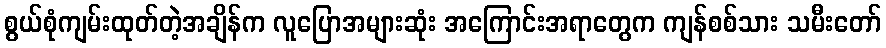
စွယ်စုံကျမ်းထုတ်တဲ့အချိန်က လူပြောအများဆုံး အကြောင်းအရာတွေက ကျန်စစ်သား သမီးတော်